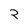
Character: 2